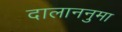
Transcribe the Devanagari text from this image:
दालाननुमा